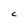
Character: C